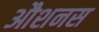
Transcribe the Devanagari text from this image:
औशनस